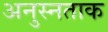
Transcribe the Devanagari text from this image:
अनुस्नताक